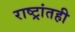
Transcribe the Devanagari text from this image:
राष्ट्रांतही